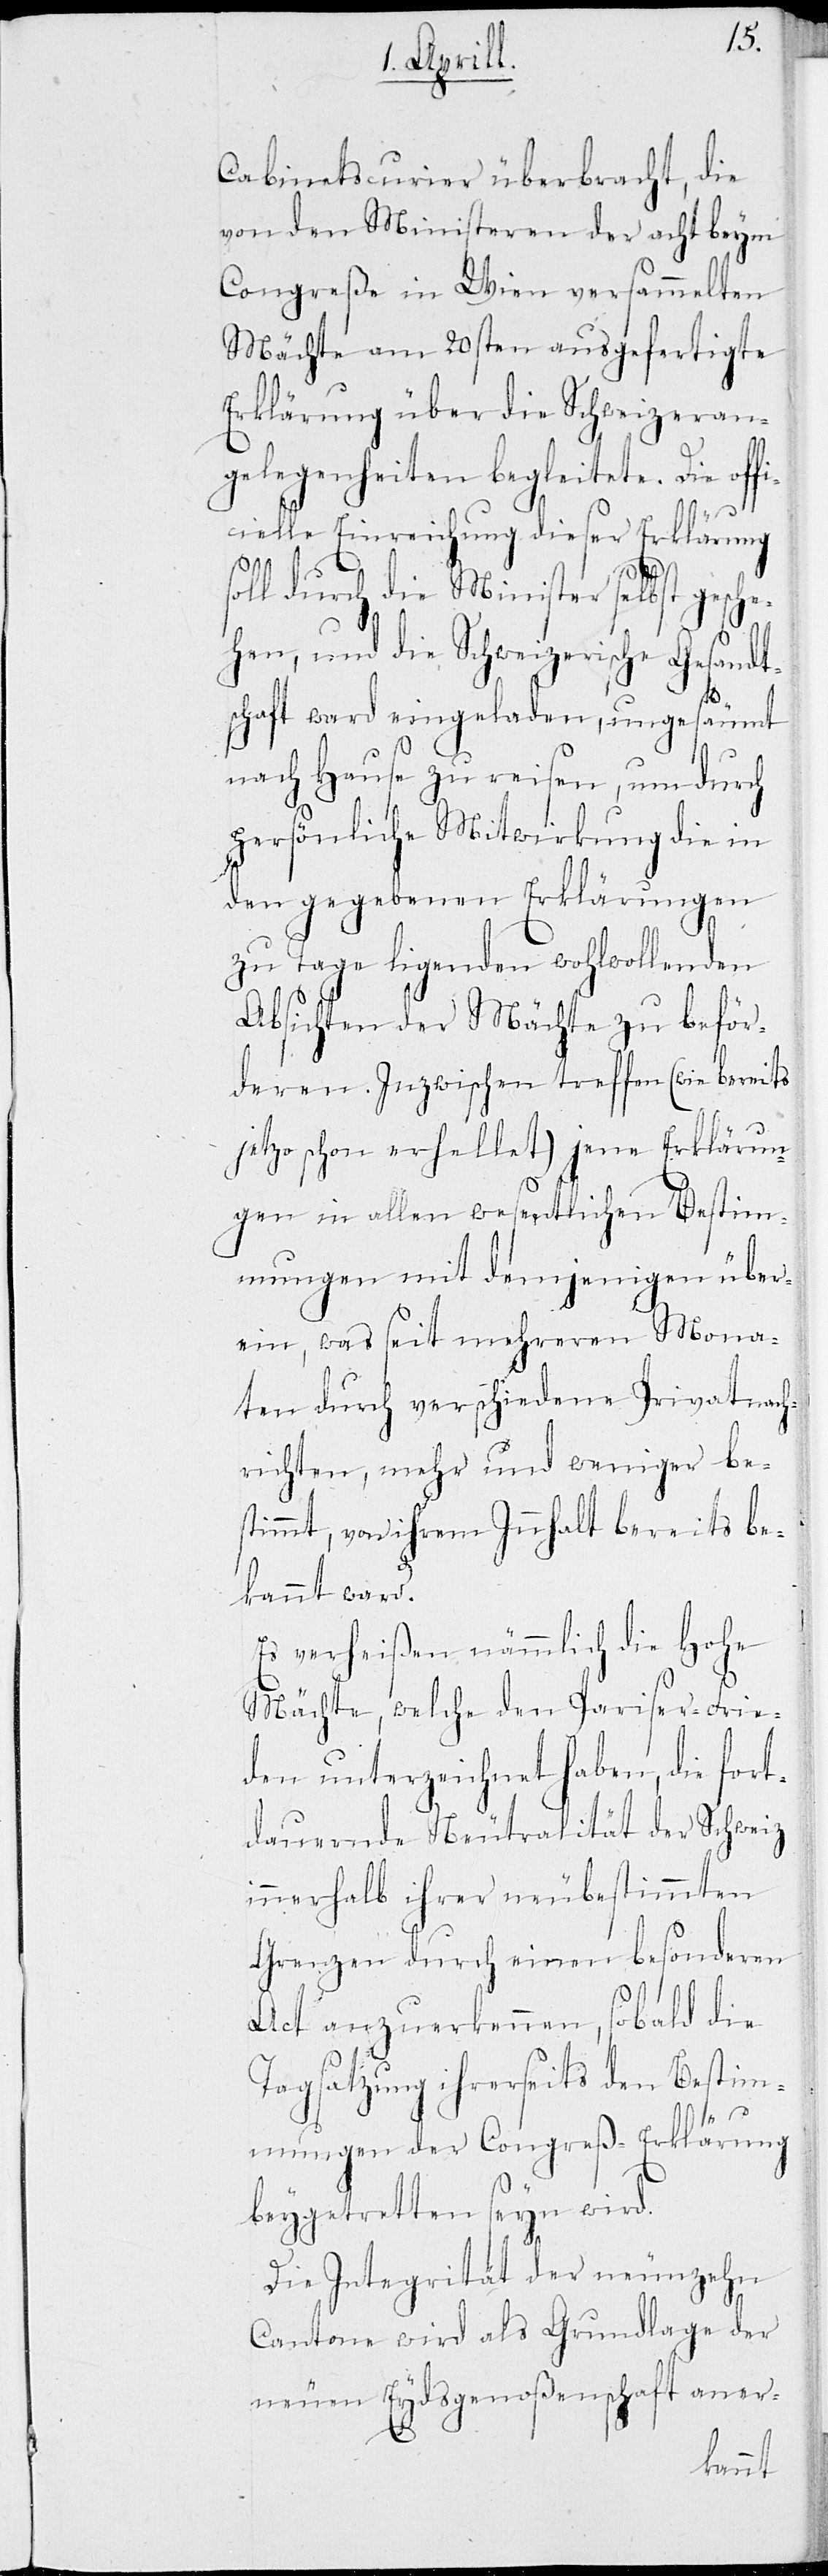
Cabinetscurier überbracht, die
von den Ministeren der acht beym
Congreße in Wien versammelten
Mächte am 20sten ausgefertigte
Erklärung über die Schweizeran¬
gelegenheiten begeleitete. Die off¬
icielle Einreichung dieser Erklärung
soll durch die Minister selbst gesch¬
ehen, und die Schweizerische Gesandt¬
schaft ward eingeladen, ungesäumt
nach Hause zu reisen, um durch
persönliche Mitwirkung die in
den gegebenen Erklärungen
zu Tage ligenden wohlwollenden
Absichten der Mächte zu beför¬
deren. Inzwischen treffen (wie bereits
jetzo schon erhellet) jene Erklärun¬
gen in allen wesentlichen Bestim¬
mungen mit demjenigen über¬
ein, was seit mehreren Mona¬
ten durch verschiedene Privatnach¬
richten, mehr und weniger bes¬
timmt, von ihrem Inhalt bereits be¬
kannt ward.
Es verheißen nämlich die Hohe
Mächte, welche den Pariser-Frie¬
den unterzeichnet haben, die fort¬
dauernde Neutralität der Schweiz
innerhalb ihrer neubestimmten
Grenzen durch einen besonderen
Act anzuerkennen, sobald die
Tagsatzung ihrerseits den Bestim¬
mungen der Congreß-Erklärung
beygetretten seyn wird.
Die Integrität der neunzehn
Cantone wird als Grundlage der
neuen Eydsgenoßenschaft aner-